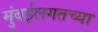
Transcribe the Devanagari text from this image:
मुंबईलगतच्या